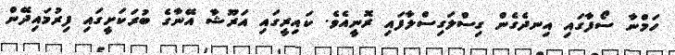
ހަމްނާ ސޯފާގައި އިނދެގެން ގިސްލަގިސްލާފައި ރޮނީއެވެ. ކައިރީގައި އަރޫޝާ އޭނާގެ ބުރަކަށީގައި ފިރުމައިދޭން